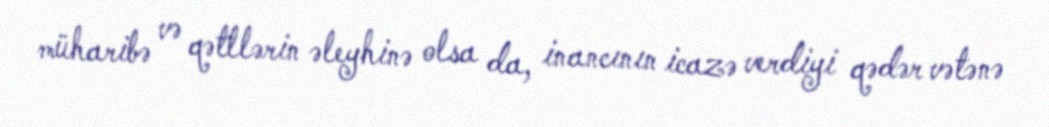
müharibə və qətllərin əleyhinə olsa da, inancının icazə verdiyi qədər vətənə